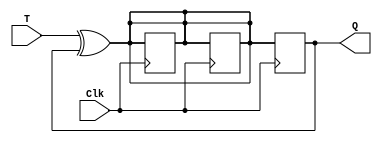
module TFF(input T, input Clk, output reg Q);

reg D1, D2;

assign D1 = T ^ Q;
assign D2 = D1;

always @(posedge Clk)
begin
    D1 <= T ^ Q;
    D2 <= D1;
    Q <= D2;
end

endmodule